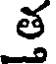
త్త